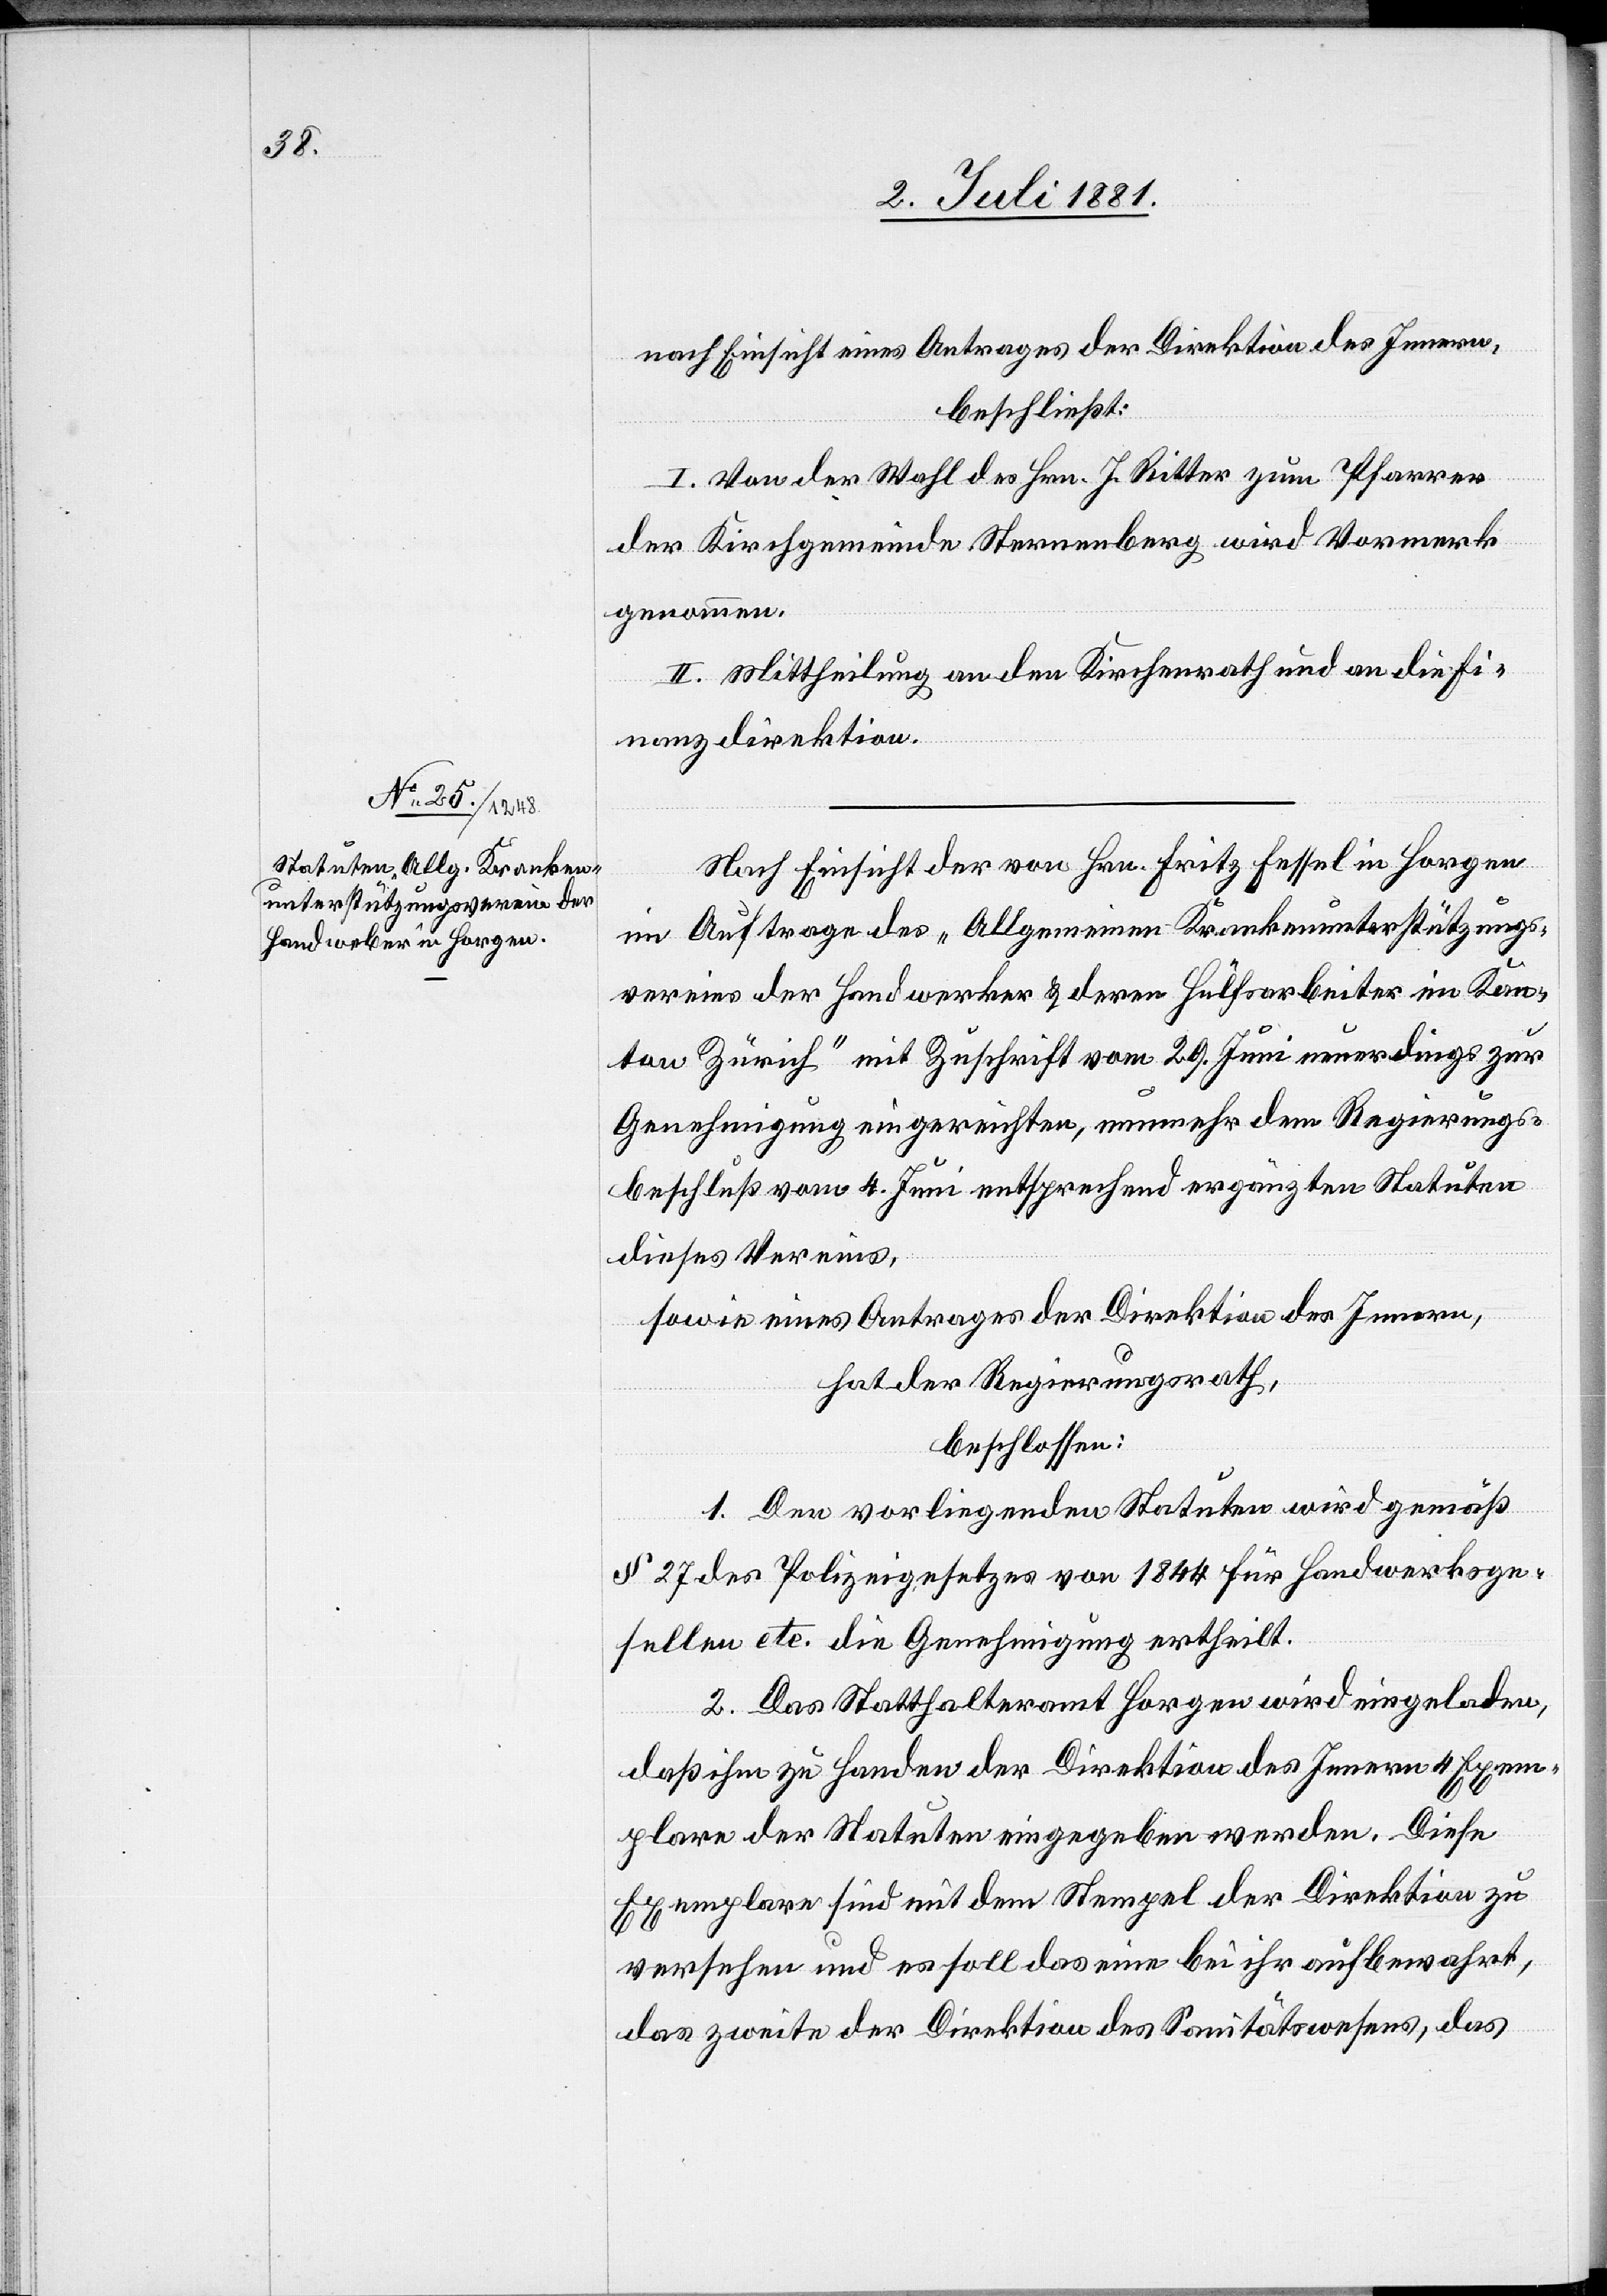
nach Einsicht eines Antrages der Direktion des Innern,
beschließt:
I. Von der Wahl des Hrn. J. Ritter zum Pfarrer
der Kirchgemeinde Sternenberg wird Vormerk
genommen.
II. Mittheilung an den Kirchenrath und an die Fi¬
nanzdirektion.
Nach Einsicht der von Hrn. Fritz Fessel in Horgen
im Auftrage des „Allgemeinen Krankenunterstützungs¬
vereins der Handwerker & deren Hülfsarbeiter im Kan¬
ton Zürich“ mit Zuschrift vom 29. Juni neuerdings zur
Genehmigung eingereichten, nunmehr dem Regierungs¬
beschluß vom 4. Juni entsprechend ergänzten Statuten
dieses Vereins,
sowie eines Antrages der Direktion des Innern,
hat der Regierungsrath,
beschlossen:
1. Den vorliegenden Statuten wird gemäß
§ 27 des Polizeigesetzes von 1844 für Handwerksge¬
sellen etc. die Genehmigung ertheilt.
2. Das Statthalteramt Horgen wird eingeladen,
daß ihm zu Handen der Direktion des Innern 4 Exem¬
plare der Statuten eingegeben werden. Diese
Exemplare sind mit dem Stempel der Direktion zu
versehen und es soll das eine bei ihr aufbewahrt,
das zweite der Direktion des Sanitätswesens. das